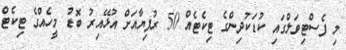
މި ފެސްޓިވަލްގައި ކުޑަކުދިންގެ ޓިކެޓެއް 50 ރުފިޔާއަށް އުޅޭއިރު ބޮޑު މީހެއްގެ ޓިކެޓް